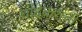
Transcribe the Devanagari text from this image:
चांदेकरांची